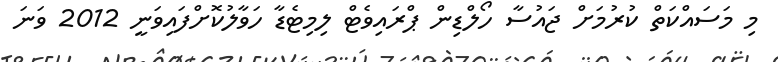
މި މަސައްކަތް ކުރުމަށް ޖައުސާ ހޯލްޑިން ޕްރައިވެޓް ލިމިޓެޑާ ހަވާލުކޮށްފައިވަނީ 2012 ވަނަ